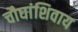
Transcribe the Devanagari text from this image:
चौघांशिवाय